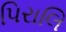
પિરાલિ